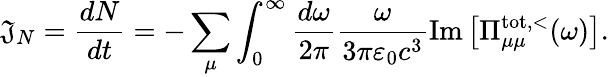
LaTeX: \mathfrak{J}_{N}=\frac{{dN}}{{dt}}=-\sum_{\mu}\int_{0}^{\infty}\frac{{d\omega}}{{2\pi}}\frac{{\omega}}{{3\pi\varepsilon_{0}c^{3}}}\operatorname{Im}\left[\Pi_{\mu\mu}^{\mathrm{{tot}},<}(\omega)\right].